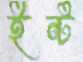
ইন্ট